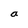
Character: a